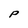
Character: P